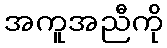
အကူအညီကို